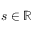
s \in \mathbb { R }